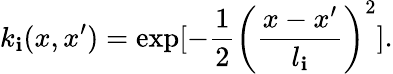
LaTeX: k_{\mathbf{i}}(x,x^{\prime})=\exp[-\frac{{1}}{{2}}\left(\frac{{x-x^{\prime}}}{{l_{\mathbf{i}}}}\right)^{2}].